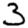
Digit: 3